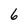
Character: 6